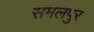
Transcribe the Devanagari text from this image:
समलपुर